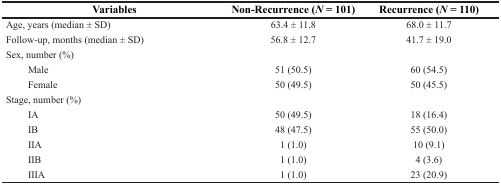
<table><thead><tr><td><b>Variables</b></td><td><b>Non-Recurrence (<i>N</i> = 101)</b></td><td><b>Recurrence (<i>N</i> = 110)</b></td></tr></thead><tbody><tr><td>Age, years (median ± SD)</td><td>63.4 ± 11.8</td><td>68.0 ± 11.7</td></tr><tr><td>Follow-up, months (median ± SD)</td><td>56.8 ± 12.7</td><td>41.7 ± 19.0</td></tr><tr><td colspan="3">Sex, number (%)</td></tr><tr><td> Male</td><td>51 (50.5)</td><td>60 (54.5)</td></tr><tr><td> Female</td><td>50 (49.5)</td><td>50 (45.5)</td></tr><tr><td colspan="3">Stage, number (%)</td></tr><tr><td> IA</td><td>50 (49.5)</td><td>18 (16.4)</td></tr><tr><td> IB</td><td>48 (47.5)</td><td>55 (50.0)</td></tr><tr><td> IIA</td><td>1 (1.0)</td><td>10 (9.1)</td></tr><tr><td> IIB</td><td>1 (1.0)</td><td>4 (3.6)</td></tr><tr><td> IIIA</td><td>1 (1.0)</td><td>23 (20.9)</td></tr></tbody></table>